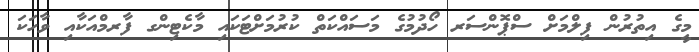
މީގެ އިތުރުން ފިލްމަށް ސްޕޮންސަރ ހޯދުމުގެ މަސައްކަތް ކުރުމަށްޓަކައި މާކެޓިންގ ފާރމްއަކާއި ވާހަކަ